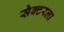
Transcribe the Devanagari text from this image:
सेक्‍टरला